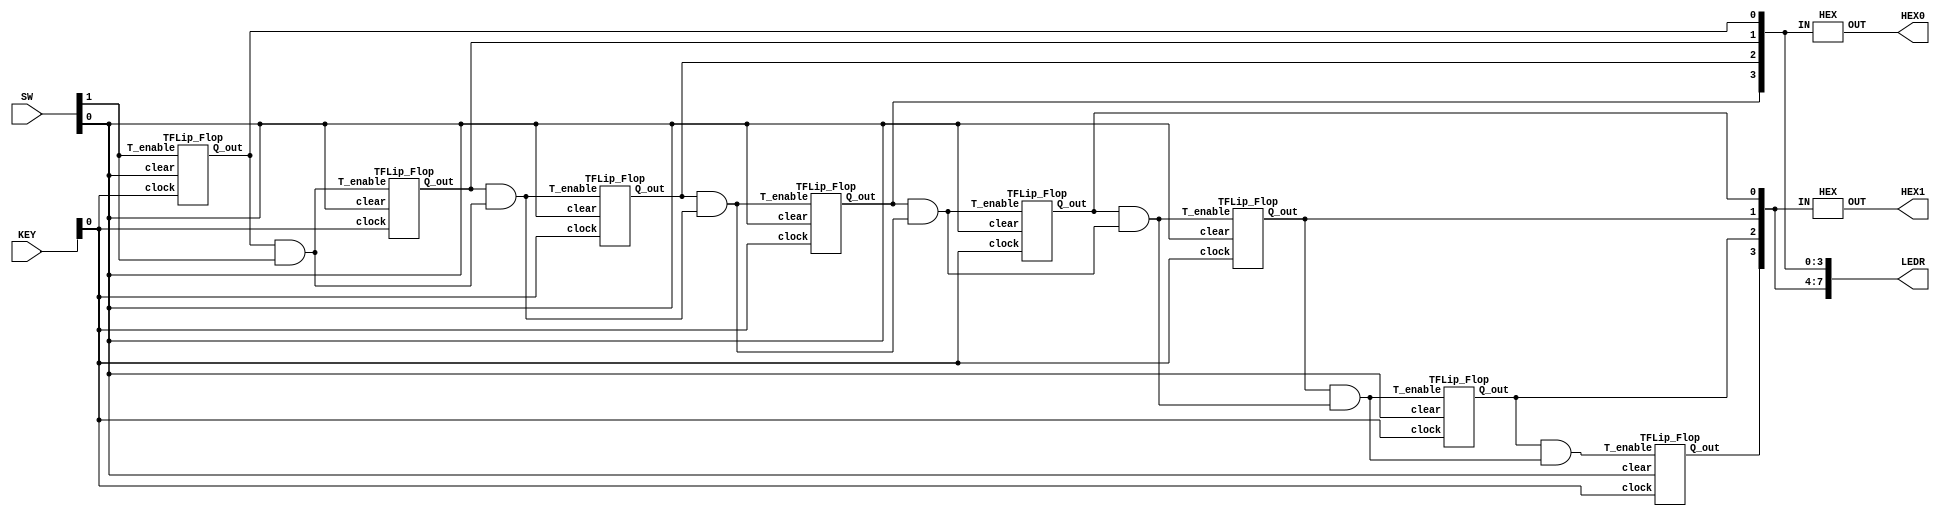
`timescale 1ns / 1ns

module Counter_8Bit(SW, KEY, HEX0, HEX1, LEDR);

	input [1:0] SW;
	input [1:0] KEY;
	output [6:0] HEX0;
	output [6:0] HEX1;
	output [7:0] LEDR;
	
	wire [7:1] Enable;
	wire [7:0] Q_out;
	
	TFLip_Flop tff0 ( .T_enable(SW[1]), .clock(KEY[0]), .clear(SW[0]), .Q_out(Q_out[0]) );
	assign Enable[1] = Q_out[0] & SW[1];
	
	TFLip_Flop tff1 ( .T_enable(Enable[1]), .clock(KEY[0]), .clear(SW[0]), .Q_out(Q_out[1]) );
	assign Enable[2] = Q_out[1] & Enable[1];
	
	TFLip_Flop tff2 ( .T_enable(Enable[2]), .clock(KEY[0]), .clear(SW[0]), .Q_out(Q_out[2]) );
	assign Enable[3] = Q_out[2] & Enable[2];
	
	TFLip_Flop tff3 ( .T_enable(Enable[3]), .clock(KEY[0]), .clear(SW[0]), .Q_out(Q_out[3]) );
	assign Enable[4] = Q_out[3] & Enable[3];
	
	TFLip_Flop tff4 ( .T_enable(Enable[4]), .clock(KEY[0]), .clear(SW[0]), .Q_out(Q_out[4]) );
	assign Enable[5] = Q_out[4] & Enable[4];
	
	TFLip_Flop tff5 ( .T_enable(Enable[5]), .clock(KEY[0]), .clear(SW[0]), .Q_out(Q_out[5]) );
	assign Enable[6] = Q_out[5] & Enable[5];
	
	TFLip_Flop tff6 ( .T_enable(Enable[6]), .clock(KEY[0]), .clear(SW[0]), .Q_out(Q_out[6]) );
	assign Enable[7] = Q_out[6] & Enable[6];
	
	TFLip_Flop tff7 ( .T_enable(Enable[7]), .clock(KEY[0]), .clear(SW[0]), .Q_out(Q_out[7]) );

	HEX Display1 ( .IN( Q_out[7:4] ), .OUT( HEX1 ) );	
	HEX Display2 (. IN( Q_out[3:0] ), .OUT( HEX0 ) );
	
	assign LEDR[7:0] = Q_out[7:0];

endmodule




module TFLip_Flop ( T_enable, clock, clear, Q_out);
	
	input T_enable, clock, clear;
	output reg Q_out;

	always @ ( posedge clock, negedge clear )
		begin
			if ( clear == 0 )
			begin
				Q_out <= 0;
			end
			else if ( T_enable )
			begin
				Q_out <= !Q_out;
			end
		end
		
endmodule



module HEX( IN, OUT );  

	input [3:0] IN;
	output [6:0] OUT;
	
	wire a, b, c, d;
	assign a = IN[0];
	assign b = IN[1];
	assign c = IN[2];
	assign d = IN[3];
	
	assign OUT[0] = ~( (~a|b|c|d) & (a|b|~c|d) & (~a|~b|c|~d) & (~a|b|~c|~d) );
	assign OUT[1] = ~( (~a|b|~c|d) & (a|~b|~c|d) & (~a|~b|c|~d) & (a|b|~c|~d) & (a|~b|~c|~d) & (~a|~b|~c|~d) );
	assign OUT[2] = ~( (a|~b|c|d) & (a|b|~c|~d) & (a|~b|~c|~d) & (~a|~b|~c|~d) );
	assign OUT[3] = ~( (~a|b|c|d) & (a|b|~c|d) & (~a|~b|~c|d) & (~a|b|c|~d) & (a|~b|c|~d) & (~a|~b|~c|~d) );
	assign OUT[4] = ~( (~a|b|c|d) & (~a|~b|c|d) & (a|b|~c|d) & (~a|b|~c|d) & (~a|~b|~c|d) & (~a|b|c|~d) );
	assign OUT[5] = ~( (~a|b|c|d) & (a|~b|c|d) & (~a|~b|c|d) & (~a|~b|~c|d) & (~a|b|~c|~d) );
	assign OUT[6] = ~( (a|b|c|d) & (~a|b|c|d) & (~a|~b|~c|d) & (a|b|~c|~d) );

endmodule